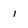
Character: 1